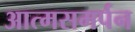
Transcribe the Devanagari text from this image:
आत्मसमर्पन